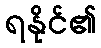
ရနိုင်၏